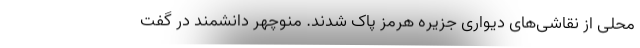
محلی از نقاشی‌های دیواری جزیره هرمز پاک شدند. منوچهر دانشمند در گفت